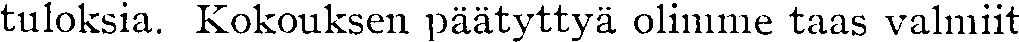
tuloksia. Kokouksen päätyttyä olimme taas valmiit